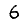
Digit: 6